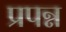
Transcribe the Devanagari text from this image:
प्रपन्न